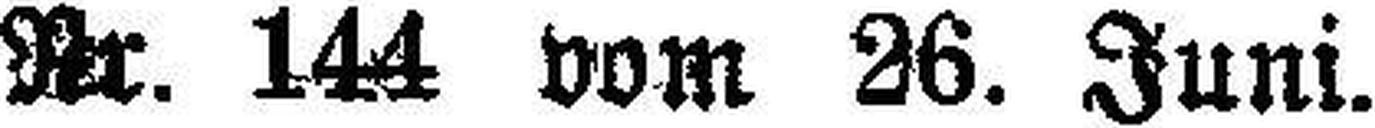
Nr. 144 vom 26. Juni.